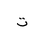
Letter: _ta